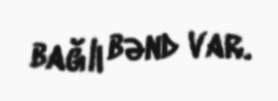
bağlı bənd var.